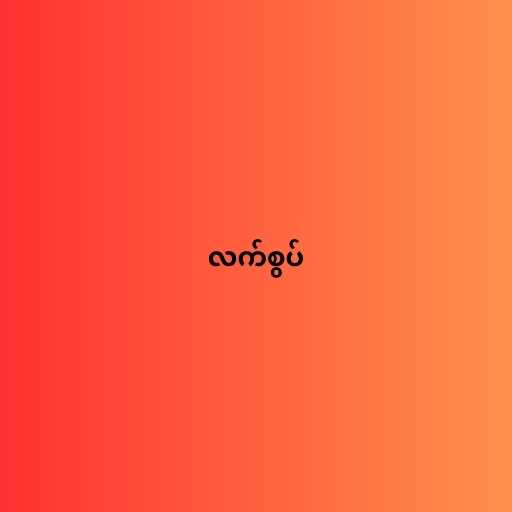
လက်စွပ်